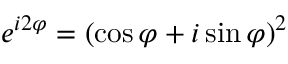
e ^ { i 2 \varphi } = ( \cos \varphi + i \sin \varphi ) ^ { 2 }